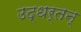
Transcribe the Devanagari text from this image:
उद्धर्तन्